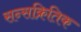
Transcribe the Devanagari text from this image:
सन्सक्रितिक